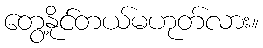
တွေ့နိုင်တယ်မဟုတ်လား။